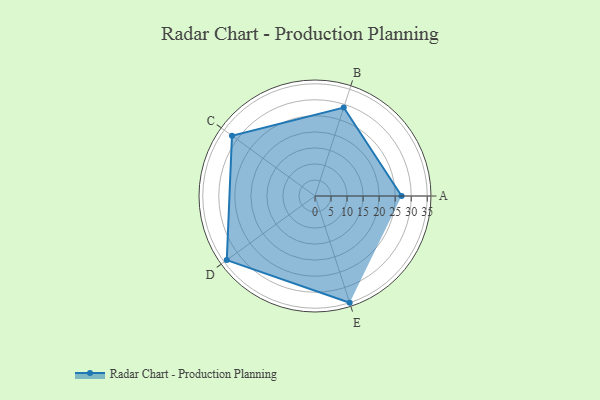
{"axis": {"x": "Skill", "y": "Score"}, "legend": ["Profile"], "data": [{"x": "A", "y": 27.0, "type": "Profile"}, {"x": "B", "y": 29.0, "type": "Profile"}, {"x": "C", "y": 32.0, "type": "Profile"}, {"x": "D", "y": 34.0, "type": "Profile"}, {"x": "E", "y": 35.0, "type": "Profile"}]}